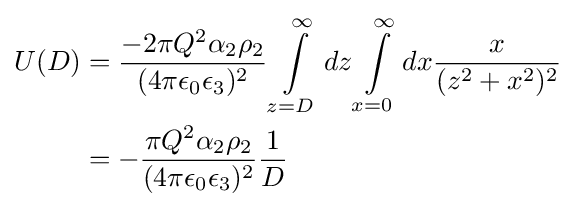
{\begin{aligned}U(D)&={\frac {-2\pi Q^{2}\alpha _{2}\rho _{2}}{(4\pi \epsilon _{0}\epsilon _{3})^{2}}}\int \limits _{z=D}^{\infty }dz\int \limits _{x=0}^{\infty }dx{\frac {x}{(z^{2}+x^{2})^{2}}}\\&=-{\frac {\pi Q^{2}\alpha _{2}\rho _{2}}{(4\pi \epsilon _{0}\epsilon _{3})^{2}}}{\frac {1}{D}}\end{aligned}}